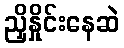
ညှိနှိုင်းနေဆဲ